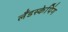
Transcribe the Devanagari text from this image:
लँडस्केपिंग